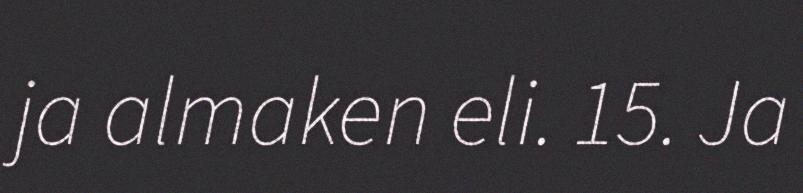
ja almaken eli. 15. Ja